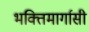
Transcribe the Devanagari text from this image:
भक्तिमार्गासी